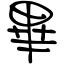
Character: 畢